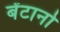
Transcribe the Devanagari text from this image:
बेंटानो